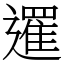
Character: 𨗴